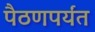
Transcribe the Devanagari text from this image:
पैठणपर्यंत